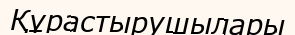
Құрастырушылары